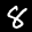
Label: 8